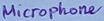
Text: Microphone